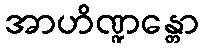
အာဟိဏ္ဍန္တော